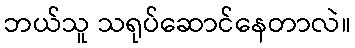
ဘယ်သူ သရုပ်ဆောင်နေတာလဲ။